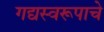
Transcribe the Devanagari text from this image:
गद्यस्वरूपाचे